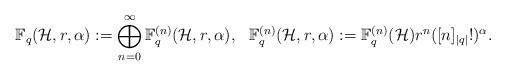
LaTeX: \begin{align*}\mathbb{F}_q(\mathcal{H},r,\alpha):=\bigoplus_{n=0}^\infty\mathbb{F}^{(n)}_q(\mathcal{H},r,\alpha),~~ \mathbb{F}^{(n)}_q(\mathcal{H},r,\alpha):=\mathbb{F}_q^{(n)}(\mathcal{H}) r^n([n]_{|q|}!)^\alpha.\end{align*}